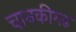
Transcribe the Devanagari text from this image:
चानकीगढ